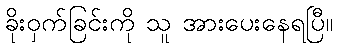
ခိုးဝှက်ခြင်းကို သူ အားပေးနေရပြီ။